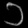
Digit: ၁